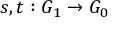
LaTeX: s , t : G _ { 1 } \to G _ { 0 }